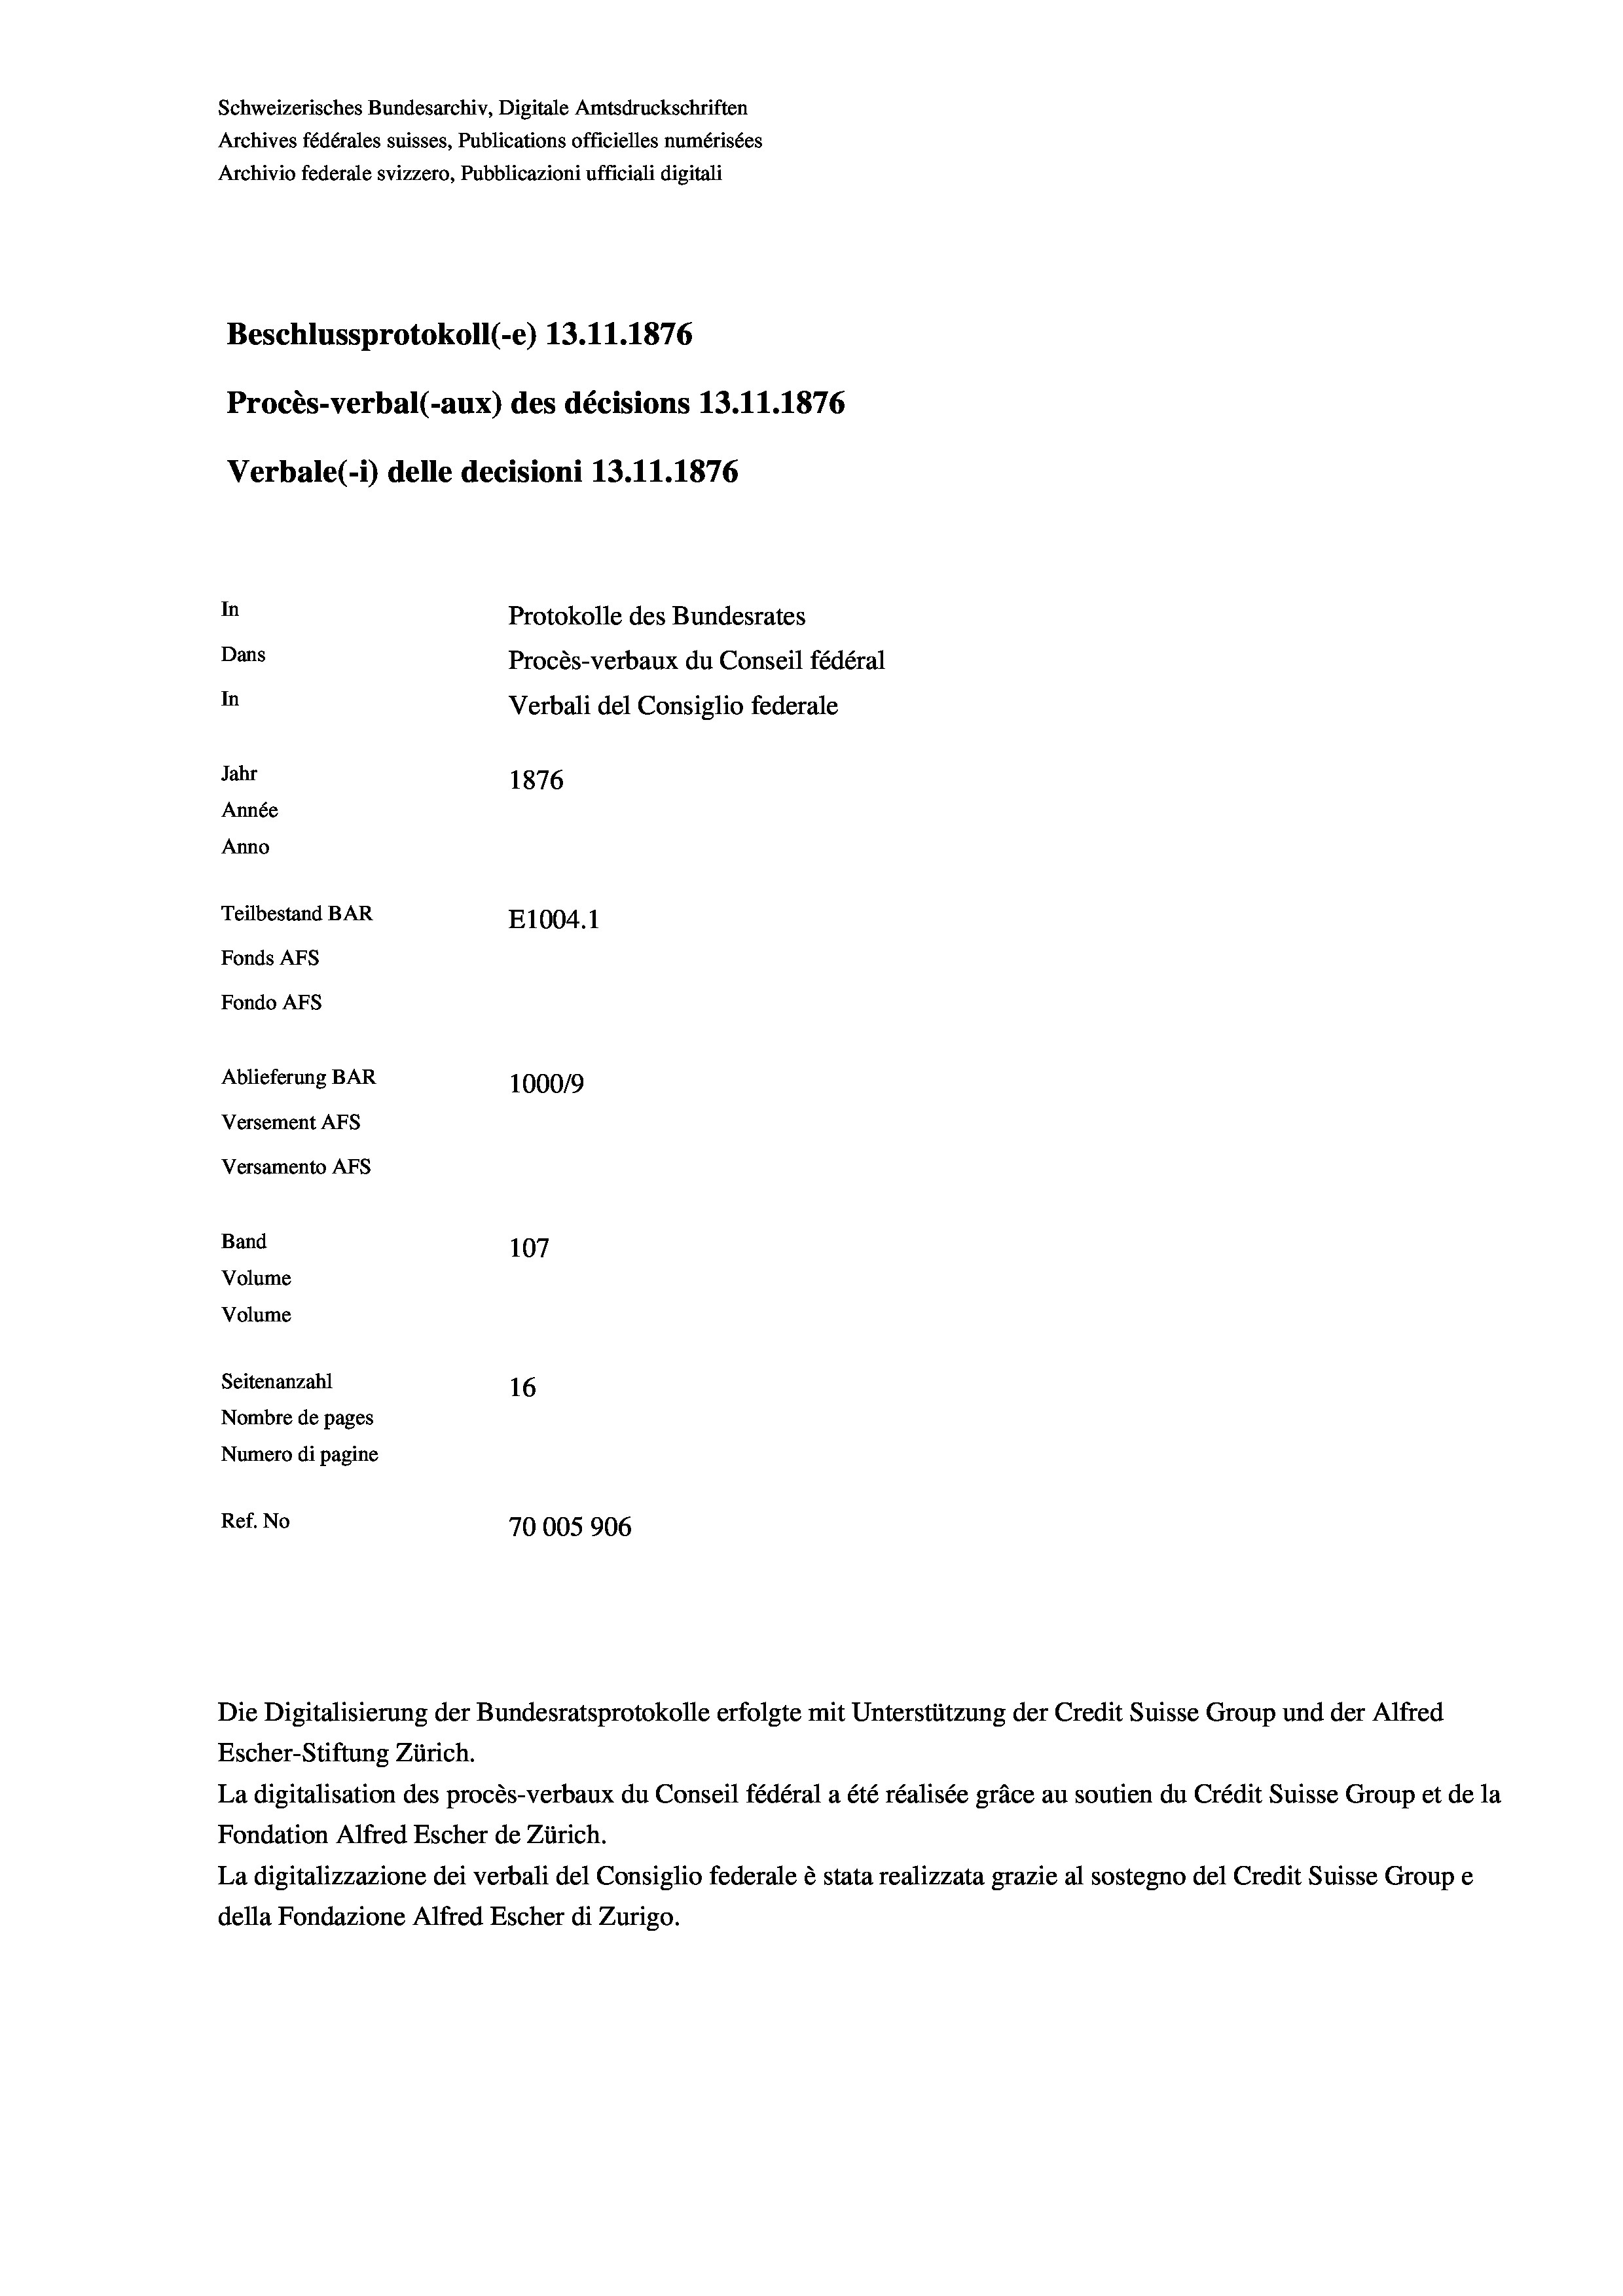
Schweizerisches Bundesarchiv, Digitale Amtsdruckschriften
Archives fédérales suisses, Publications officielles numérisées
Archivio federale svizzero, Pubblicazioni ufficiali digitali
Beschlussprotokoll (-e) 13.11.1876
Procès-verbal (-aux) des décisions 13.11.1876
Verbale (i) delle decisioni 13.11.1876
In
Protokolle des Bundesrates
Dans
Procès-verbaux du Conseil fédéral
In
Verbali del Consiglio federale
Jahr
1876
Année
Anno
Teilbestand BAR
E1004. 1
Fonds AFs
Fondo AFs
Ablieferung BAR
1000/9
Versement Abs
Versamento AFs
Band
107
Volume
Volume
Seitenanzahl
16
Nombre de pages
Numero di pagine
Ref. No
70005 906

Escher-Stiftung Zürich.
La digitalisation des procès-verbaux du Conseil fédéral a été réalisée gräce au soutien du Crédit Suisse Group et de la
Fondation Alfred Escher de Zürich.
La digitalizzazione dei verbali del Consiglio federale è stata realizzata grazie al sostegno del Credit Suisse Groupe
della Fondazione Alfred Escher di Zurigo.

Die Digitalisierung der Bundesratsprotokolle erfolgte mit Unterstützung der Credit Suisse Group und der Alfred